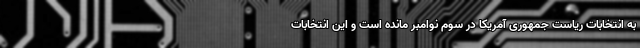
به انتخابات ریاست جمهوری آمریکا در سوم نوامبر مانده است و این انتخابات